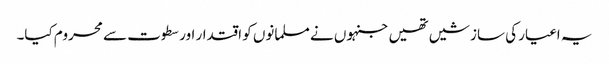
یہ اغیار کی سازشیں تھیں جنہوں نے مسلمانوں کو اقتدار اور سطوت سے محروم کیا۔